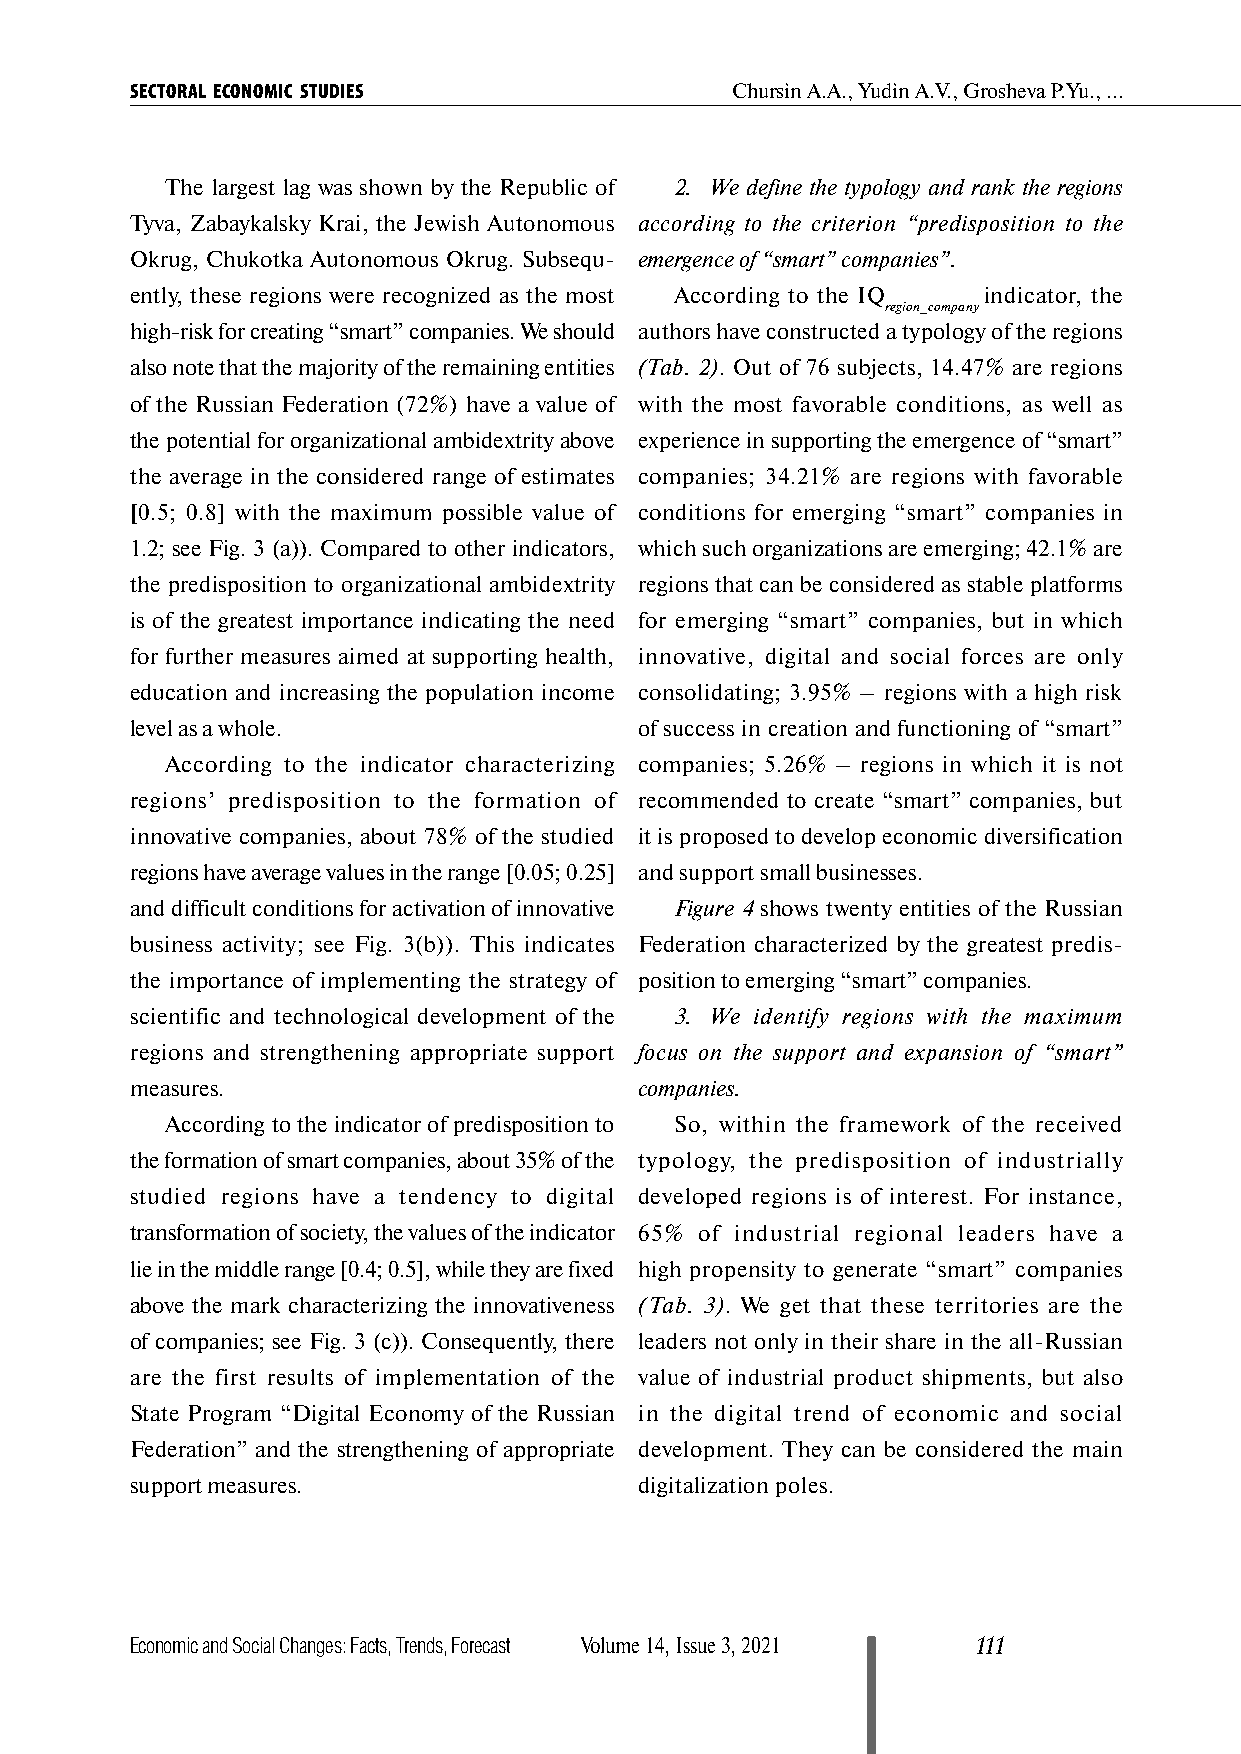
SECTORAL ECONOMIC STUDIES              Chursin А.А., Yudin А.V., Grosheva P.Yu., ...
 The largest lag was shown by the Republic of 2. We define the typology and rank the regions
 Tyva, Zabaykalsky Krai, the Jewish Autonomous according to the criterion “predisposition to the
 Okrug, Chukotka Autonomous Okrug. Subsequ- emergence of “smart” companies”.
 ently, these regions were recognized as the most According to the IQ indicator, the
 region_company
 high-risk for creating “smart” companies. We should authors have constructed a typology of the regions
 also note that the majority of the remaining entities (Tab. 2). Out of 76 subjects, 14.47% are regions
 of the Russian Federation (72%) have a value of with the most favorable conditions, as well as
 the potential for organizational ambidextrity above experience in supporting the emergence of “smart”
 the average in the considered range of estimates companies; 34.21% are regions with favorable
 [0.5; 0.8] with the maximum possible value of conditions for emerging “smart” companies in
 1.2; see Fig. 3 (a)). Compared to other indicators, which such organizations are emerging; 42.1% are
 the predisposition to organizational ambidextrity regions that can be considered as stable platforms
 is of the greatest importance indicating the need for emerging “smart” companies, but in which
 for further measures aimed at supporting health, innovative, digital and social forces are only
 education and increasing the population income consolidating; 3.95% – regions with a high risk
 level as a whole.                of success in creation and functioning of “smart”
 According to the indicator characterizing companies; 5.26% – regions in which it is not
 regions’ predisposition to the formation of recommended to create “smart” companies, but
 innovative companies, about 78% of the studied it is proposed to develop economic diversification
 regions have average values in the range [0.05; 0.25] and support small businesses.
 and difficult conditions for activation of innovative Figure 4 shows twenty entities of the Russian
 business activity; see Fig. 3(b)). This indicates Federation characterized by the greatest predis-
 the importance of implementing the strategy of position to emerging “smart” companies.
 scientific and technological development of the 3. We identify regions with the maximum
 regions and strengthening appropriate support focus on the support and expansion of “smart”
 measures.                        companies.
 According to the indicator of predisposition to So, within the framework of the received
 the formation of smart companies, about 35% of the typology, the predisposition of industrially
 studied regions have a tendency to digital developed regions is of interest. For instance,
 transformation of society, the values of the indicator 65% of industrial regional leaders have a
 lie in the middle range [0.4; 0.5], while they are fixed high propensity to generate “smart” companies
 above the mark characterizing the innovativeness (Tab. 3). We get that these territories are the
 of companies; see Fig. 3 (c)). Consequently, there leaders not only in their share in the all-Russian
 are the first results of implementation of the value of industrial product shipments, but also
 State Program “Digital Economy of the Russian in the digital trend of economic and social
 Federation” and the strengthening of appropriate development. They can be considered the main
 support measures.                digitalization poles.
 Economic and Social Changes: Facts, Trends, Forecast Volume 14, Issue 3, 2021 111